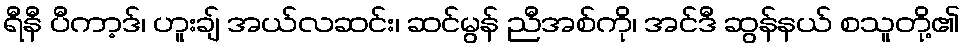
ရီနီ ပီကာ့ဒ်၊ ဟူးချ် အယ်လဆင်း၊ ဆင်မွန် ညီအစ်ကို၊ အင်ဒီ ဆွန်နယ် စသူတို့၏